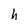
Character: h